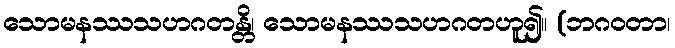
သောမနဿသဟဂတန္တိ၊ သောမနဿသဟဂတဟူ၍။ (ဘဂဝတာ၊